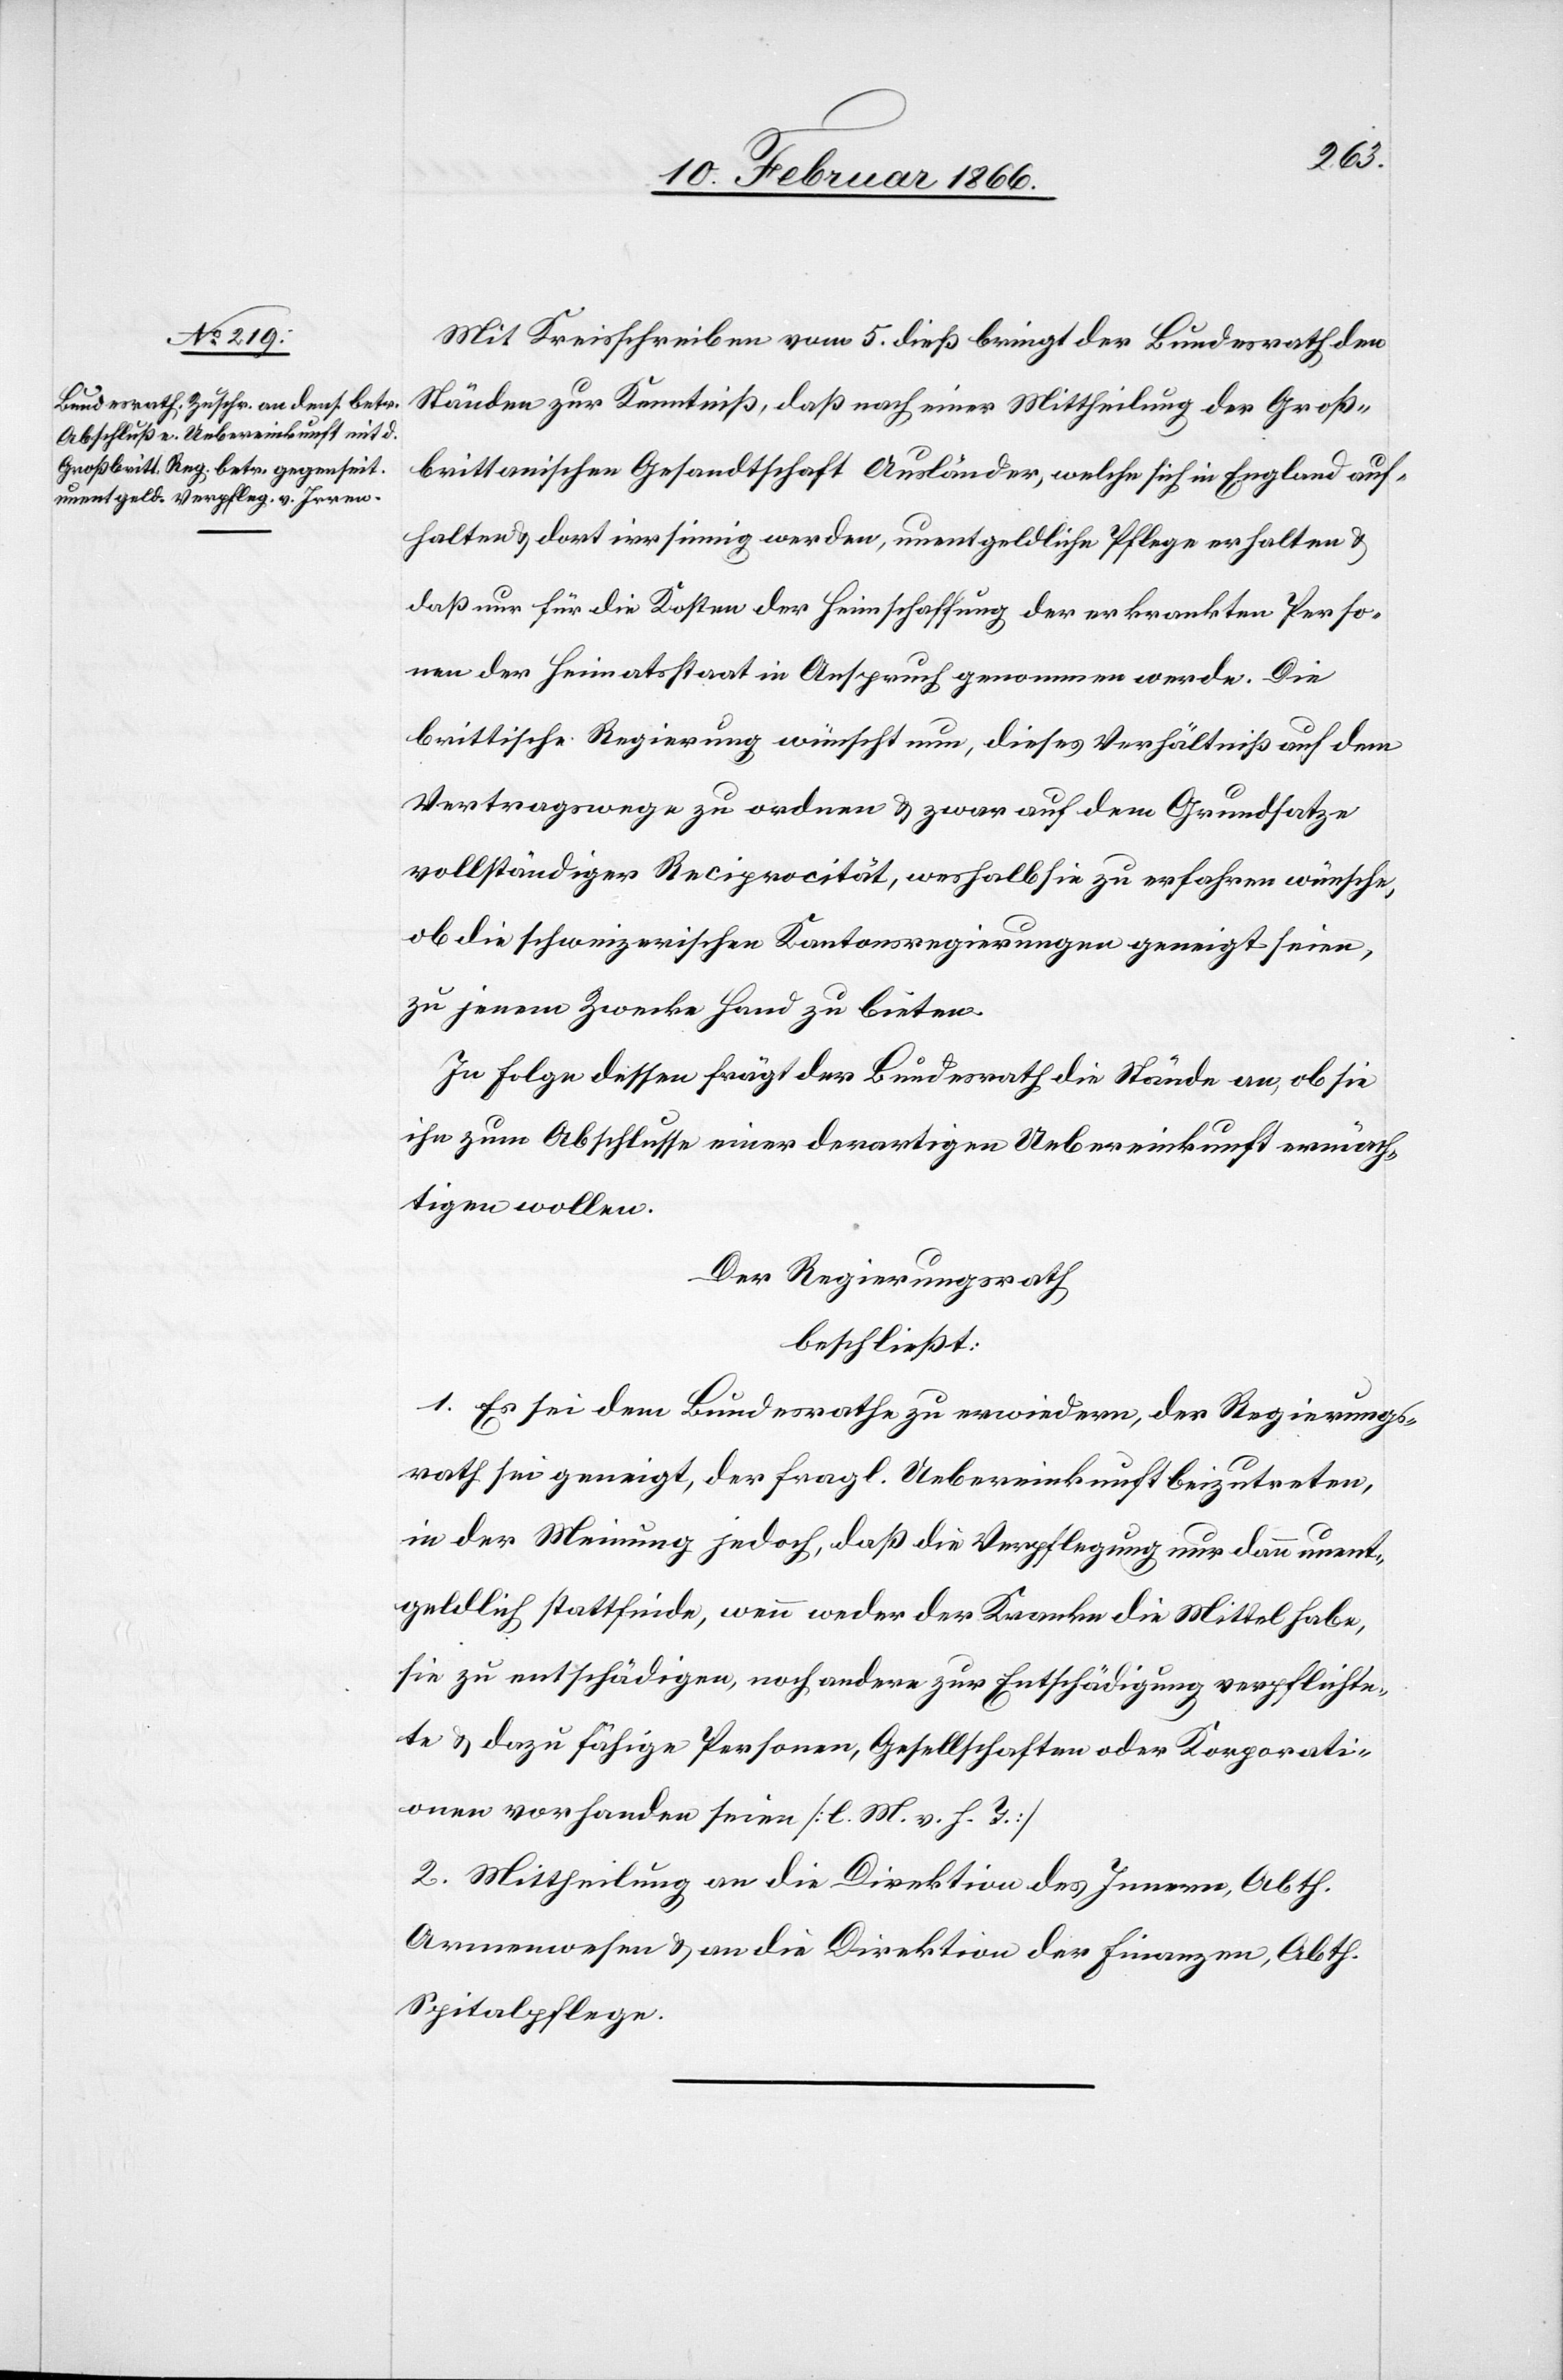
Mit Kreisschreiben vom 5. dieß bringt der Bundesrath den
Ständen zur Kenntniß, daß nach einer Mittheilung der Groß¬
brittannischen Gesandtschaft Ausländer, welche sich in England auf¬
halten u. dort irrsinnig werden, unentgeldliche Pflege erhalten u.
daß nur für die Kosten der Hinschaffung der erkrankten Perso¬
nen der Heimatort in Anspruch genommen werde. Die
brittische Regierung wünscht nun, dieses Verhältniß auf dem
Vertragswege zu ordnen u. zwar auf dem Grundsatze
vollständiger Reciprocität, weshalb sie zu erfahren wünsche,
ob die schweizerischen Kantonsregierungen geneigt seien,
zu jenem Zwecke Hand zu bieten.
In Folge dessen frägt der Bundesrath die Stände an, ob sie
ihn zum Abschlusse einer derartigen Uebereinkunft ermäch¬
tigen wollen.
Der Regierungsrath,
beschließt:
1. Es sei dem Bundesrathe zu erwiedern, der Regierungs¬
rath sei geneigt, der fragl. Uebereinkunft beizutreten,
in der Meinung jedoch, daß die Verpflegung nur dann unent¬
geldlich stattfinde, wenn weder der Kranke die Mittel habe,
sie zu entschädigen, noch andere zur Entschädigung verpflichte¬
te u. dazu fähige Personen, Gesellschaften oder Korporati¬
onen vorhanden seien [l. M. v. h. T.]
2. Mittheilung an die Direktion des Innern, Abth.
Armenwesen u. an die Direktion der Finanzen, Abth.
Spitalpflege.